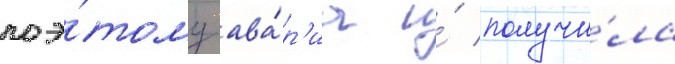
поэ́тому ава́р'иа и́ получи́ла